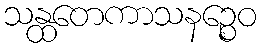
သန္ထတေကာသနဉ္စေဝ